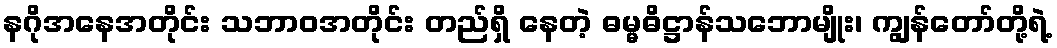
နဂိုအနေအတိုင်း သဘာဝအတိုင်း တည်ရှိ နေတဲ့ ဓမ္မဓိဋ္ဌာန်သဘောမျိုး၊ ကျွန်တော်တို့ရဲ့